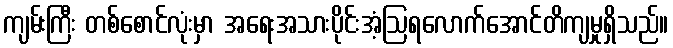
ကျမ်းကြီး တစ်စောင်လုံးမှာ အရေးအသားပိုင်းအံ့ဩရလောက်အောင်တိကျမှုရှိသည်။